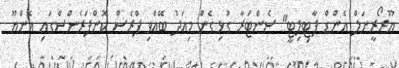
ޔޫރޯރީނަލް އެންޑް ފާޓިލިޓީ" ސެންޓަރާ ގުޅިގެން މިއަދު ބޭއްވި ޕްރެސް ކޮންފަރެންސްގައިި އެންޔޫ